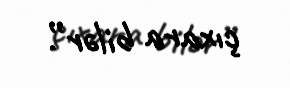
çıxara bilər”.